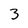
Character: 3